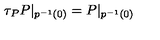
\tau _ { P } P | _ { p ^ { - 1 } ( 0 ) } = P | _ { p ^ { - 1 } ( 0 ) }